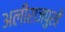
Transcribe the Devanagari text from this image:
अलीराजपुरहै